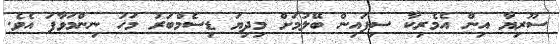
ސޫރިޔާ އިން އެމެރިކާ ސިފައިން ބޭލުމަށް މިދިޔަ ޑިސެމްބަރު މަހު ނިންމަވާފަ އެވެ.